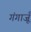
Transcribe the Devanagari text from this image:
गंगाजूँ